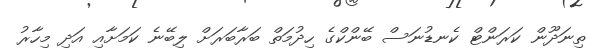
ތިނަދޫން ކަރަންޓް ކެނޑުނަސް ބޭންކްގެ ހިދުމަތް ބަރާބަރަށް ލިބޭނެ ކަމަށާއި އަދި މިހާރު